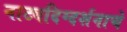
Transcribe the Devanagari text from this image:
नाट्यदिग्दर्शनाचे